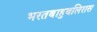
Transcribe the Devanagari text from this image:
भरतबाहुबलिरास